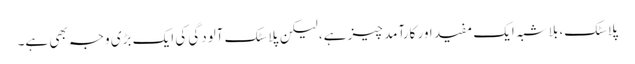
پلاسٹک، بلاشبہ ایک مفید اور کارآمد چیز ہے، لیکن پلاسٹک آلودگی کی ایک بڑی وجہ بھی ہے۔